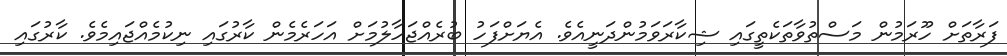
ފަރާތަށް ހޫރަމުން މަސްތުވާތަކެތީގައި ޝިކާރަވަމުންދަނީއެވެ. އެޔަށްފަހު ބުރެއްޖަހާލުމަށް އަހަރެމެން ކާރުގައި ނިކުމެއްޖައިމެވެ. ކާރުގައި